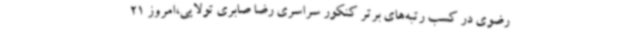
رضوی در کسب رتبه‌های برتر کنکور سراسری رضا صابری تولایی،امروز 21